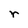
Character: r